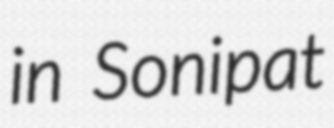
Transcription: in Sonipat